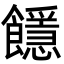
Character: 䭡